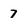
Character: 7